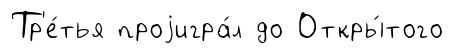
Тр'е́тья проjигра́л до Откры́того